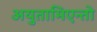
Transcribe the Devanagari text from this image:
अयुतामिएन्तो